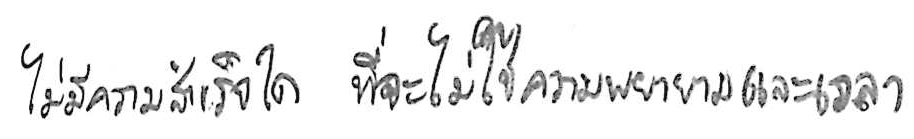
ไม่มีความสำเร็จใด ที่จะไม่ใช้ความพยายามและเวลา